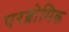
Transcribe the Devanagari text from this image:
परब्रोमिक